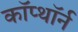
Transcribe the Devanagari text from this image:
कॉप्थॉर्न